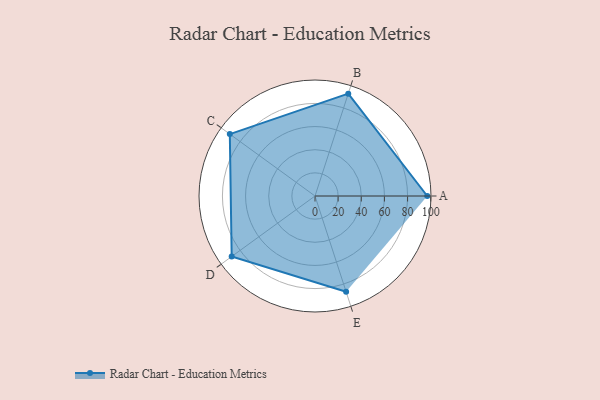
{"axis": {"x": "Skill", "y": "Score"}, "legend": ["Profile"], "data": [{"x": "A", "y": 97.0, "type": "Profile"}, {"x": "B", "y": 93.0, "type": "Profile"}, {"x": "C", "y": 91.0, "type": "Profile"}, {"x": "D", "y": 89.0, "type": "Profile"}, {"x": "E", "y": 87.0, "type": "Profile"}]}